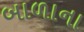
બાળાના